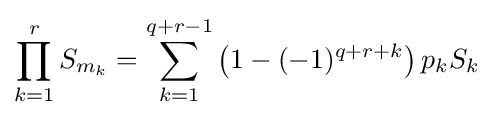
\prod _{k=1}^{r}{S_{m_{k}}}=\sum _{k=1}^{q+r-1}{\left(1-(-1)^{q+r+k}\right)p_{k}S_{k}}